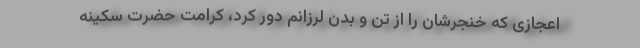
اعجازی که خنجرشان را از تن و بدن لرزانم دور کرد، کرامت حضرت سکینه